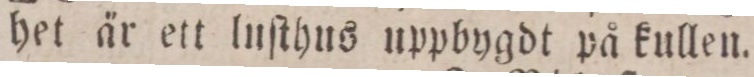
het är ett luſthus uppbygdt på kullen.